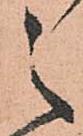
之